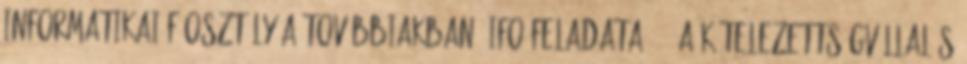
Informatikai Főosztály a továbbiakban: IFO feladata. 13 A kötelezettségvállalás